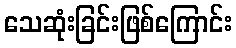
သေဆုံးခြင်းဖြစ်ကြောင်း